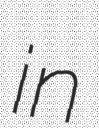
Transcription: in